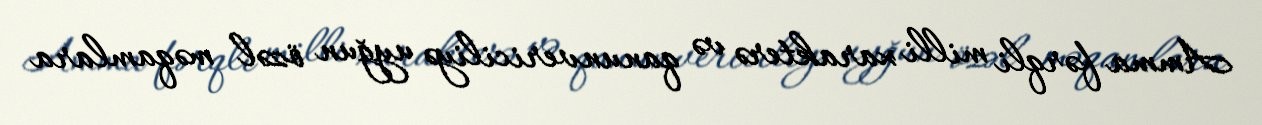
Amma fərqli milli xarakterə və qanunvericiliyə uyğun özəl məqamlara